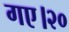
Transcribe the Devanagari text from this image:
गए।२०